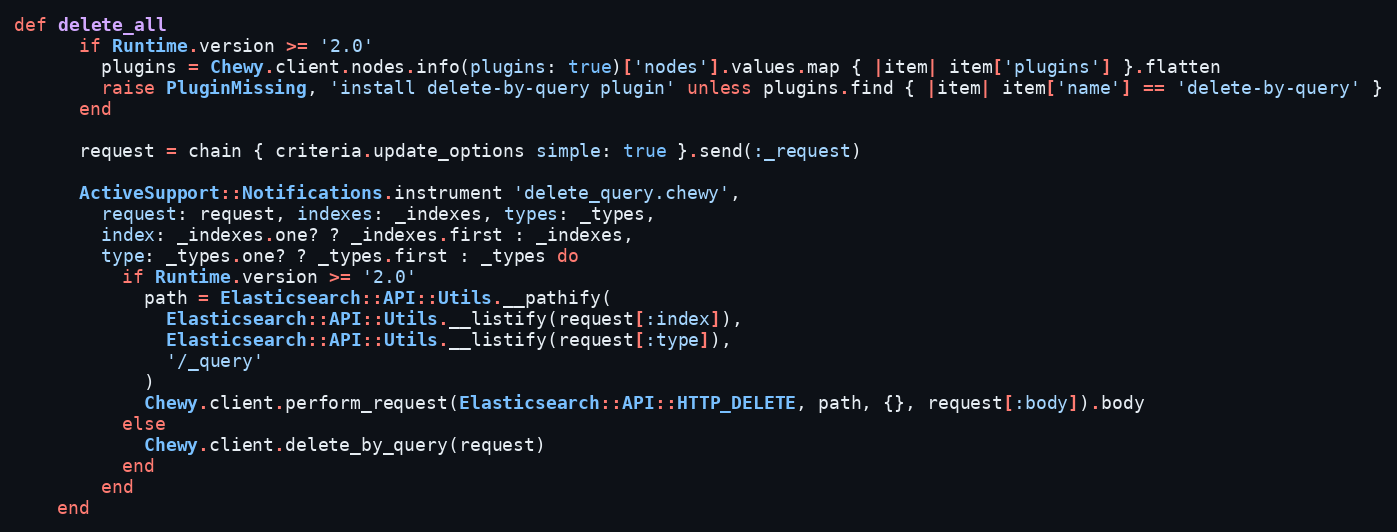
Language: Ruby
def delete_all
      if Runtime.version >= '2.0'
        plugins = Chewy.client.nodes.info(plugins: true)['nodes'].values.map { |item| item['plugins'] }.flatten
        raise PluginMissing, 'install delete-by-query plugin' unless plugins.find { |item| item['name'] == 'delete-by-query' }
      end

      request = chain { criteria.update_options simple: true }.send(:_request)

      ActiveSupport::Notifications.instrument 'delete_query.chewy',
        request: request, indexes: _indexes, types: _types,
        index: _indexes.one? ? _indexes.first : _indexes,
        type: _types.one? ? _types.first : _types do
          if Runtime.version >= '2.0'
            path = Elasticsearch::API::Utils.__pathify(
              Elasticsearch::API::Utils.__listify(request[:index]),
              Elasticsearch::API::Utils.__listify(request[:type]),
              '/_query'
            )
            Chewy.client.perform_request(Elasticsearch::API::HTTP_DELETE, path, {}, request[:body]).body
          else
            Chewy.client.delete_by_query(request)
          end
        end
    end